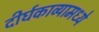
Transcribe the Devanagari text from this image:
दीर्घकाव्यामध्ये